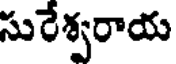
సురేశ్వరాయ